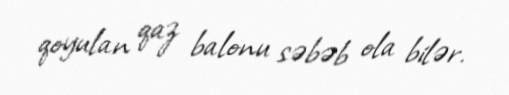
qoyulan qaz balonu səbəb ola bilər.